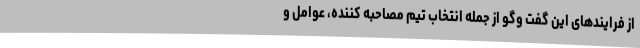
از فرایندهای این گفت وگو از جمله انتخاب تیم مصاحبه کننده، عوامل و